Indian journal of veterinary science and animal husbandry - Volume 2,
Year: 1932
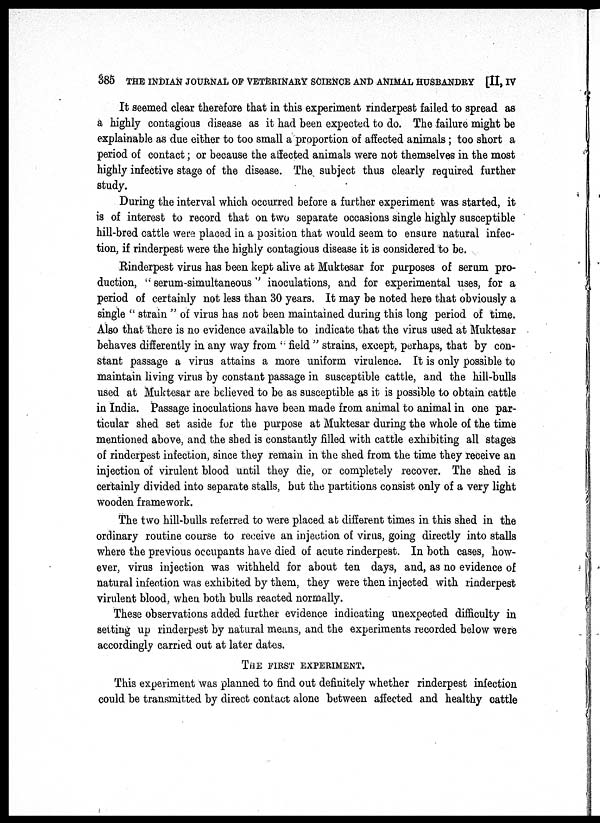
385 THE INDIAN JOURNAL OF VETERINARY SCIENCE AND ANIMAL HUSBANDRY [II, IV
It seemed clear therefore that in this experiment rinderpest failed to spread as
a highly contagious disease as it had been expected to do. The failure might be
explainable as due either to too small a proportion of affected animals; too short a
period of contact; or because the affected animals were not themselves in the most
highly infective stage of the disease. The subject thus clearly required further
study.
During the interval which occurred before a further experiment was started, it
is of interest to record that on two separate occasions single highly susceptible
hill-bred cattle were placed in a position that would seem to ensure natural infec-
tion, if rinderpest were the highly contagious disease it is considered to be.
Rinderpest virus has been kept alive at Muktesar for purposes of serum pro-
duction, " serum-simultaneous" inoculations, and for experimental uses, for a
period of certainly not less than 30 years. It may be noted here that obviously a
single " strain " of virus has not been maintained during this long period of time.
Also that there is no evidence available to indicate that the virus used at Muktesar
behaves differently in any way from " field " strains, except, perhaps, that by con-
stant passage a virus attains a more uniform virulence. It is only possible to
maintain living virus by constant passage in susceptible cattle, and the hill-bulls
used at Muktesar are believed to be as susceptible as it is possible to obtain cattle
in India. Passage inoculations have been made from animal to animal in one par-
ticular shed set aside for the purpose at Muktesar during the whole of the time
mentioned above, and the shed is constantly filled with cattle exhibiting all stages
of rinderpest infection, since they remain in the shed from the time they receive an
injection of virulent blood until they die, or completely recover. The shed is
certainly divided into separate stalls, but the partitions consist only of a very light
wooden framework.
The two hill-bulls referred to were placed at different times in this shed in the
ordinary routine course to receive an injection of virus, going directly into stalls
where the previous occupants have died of acute rinderpest. In both cases, how-
ever, virus injection was withheld for about ten days, and, as no evidence of
natural infection was exhibited by them, they were then injected with rinderpest
virulent blood, when both bulls reacted normally.
These observations added further evidence indicating unexpected difficulty in
setting up rinderpest by natural means, and the experiments recorded below were
accordingly carried out at later dates.
THE FIRST EXPERIMENT.
This experiment was planned to find out definitely whether rinderpest infection
could be transmitted by direct contact alone between affected and healthy cattle